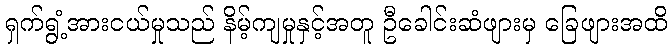
ရှက်ရွံ့အားငယ်မှုသည် နိမ့်ကျမှုနှင့်အတူ ဦခေါင်းဆံဖျားမှ ခြေဖျားအထိ